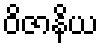
ဝိဇာနိယ